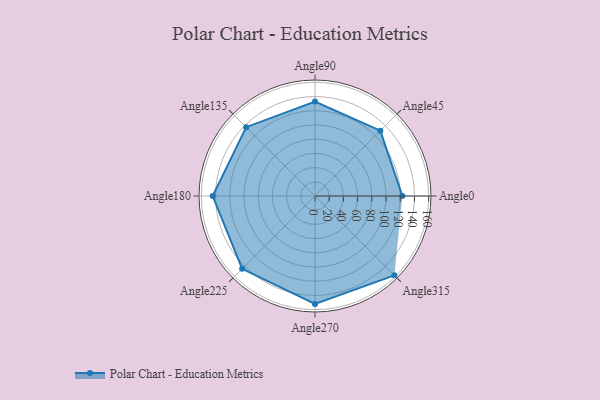
{"axis": {"x": "Angle", "y": "Radius"}, "legend": [""], "data": [{"x": "Angle0", "y": 123.0, "type": ""}, {"x": "Angle45", "y": 130.0, "type": ""}, {"x": "Angle90", "y": 133.0, "type": ""}, {"x": "Angle135", "y": 137.0, "type": ""}, {"x": "Angle180", "y": 144.0, "type": ""}, {"x": "Angle225", "y": 145.0, "type": ""}, {"x": "Angle270", "y": 152.0, "type": ""}, {"x": "Angle315", "y": 158.0, "type": ""}]}